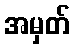
အမှတ်